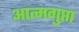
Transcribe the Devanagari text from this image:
आत्मगुप्ता